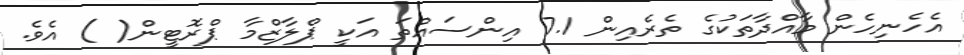
އެހެނިހެން މާއްދާތަކުގެ ތެރެއިން 7.1 އިންސައްތަ އަކީ ޕްލާޒްމާ ޕްރޮޓީން( ) އެވެ.